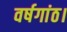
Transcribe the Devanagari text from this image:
वर्षगांठ।